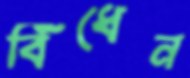
বিঁধেন